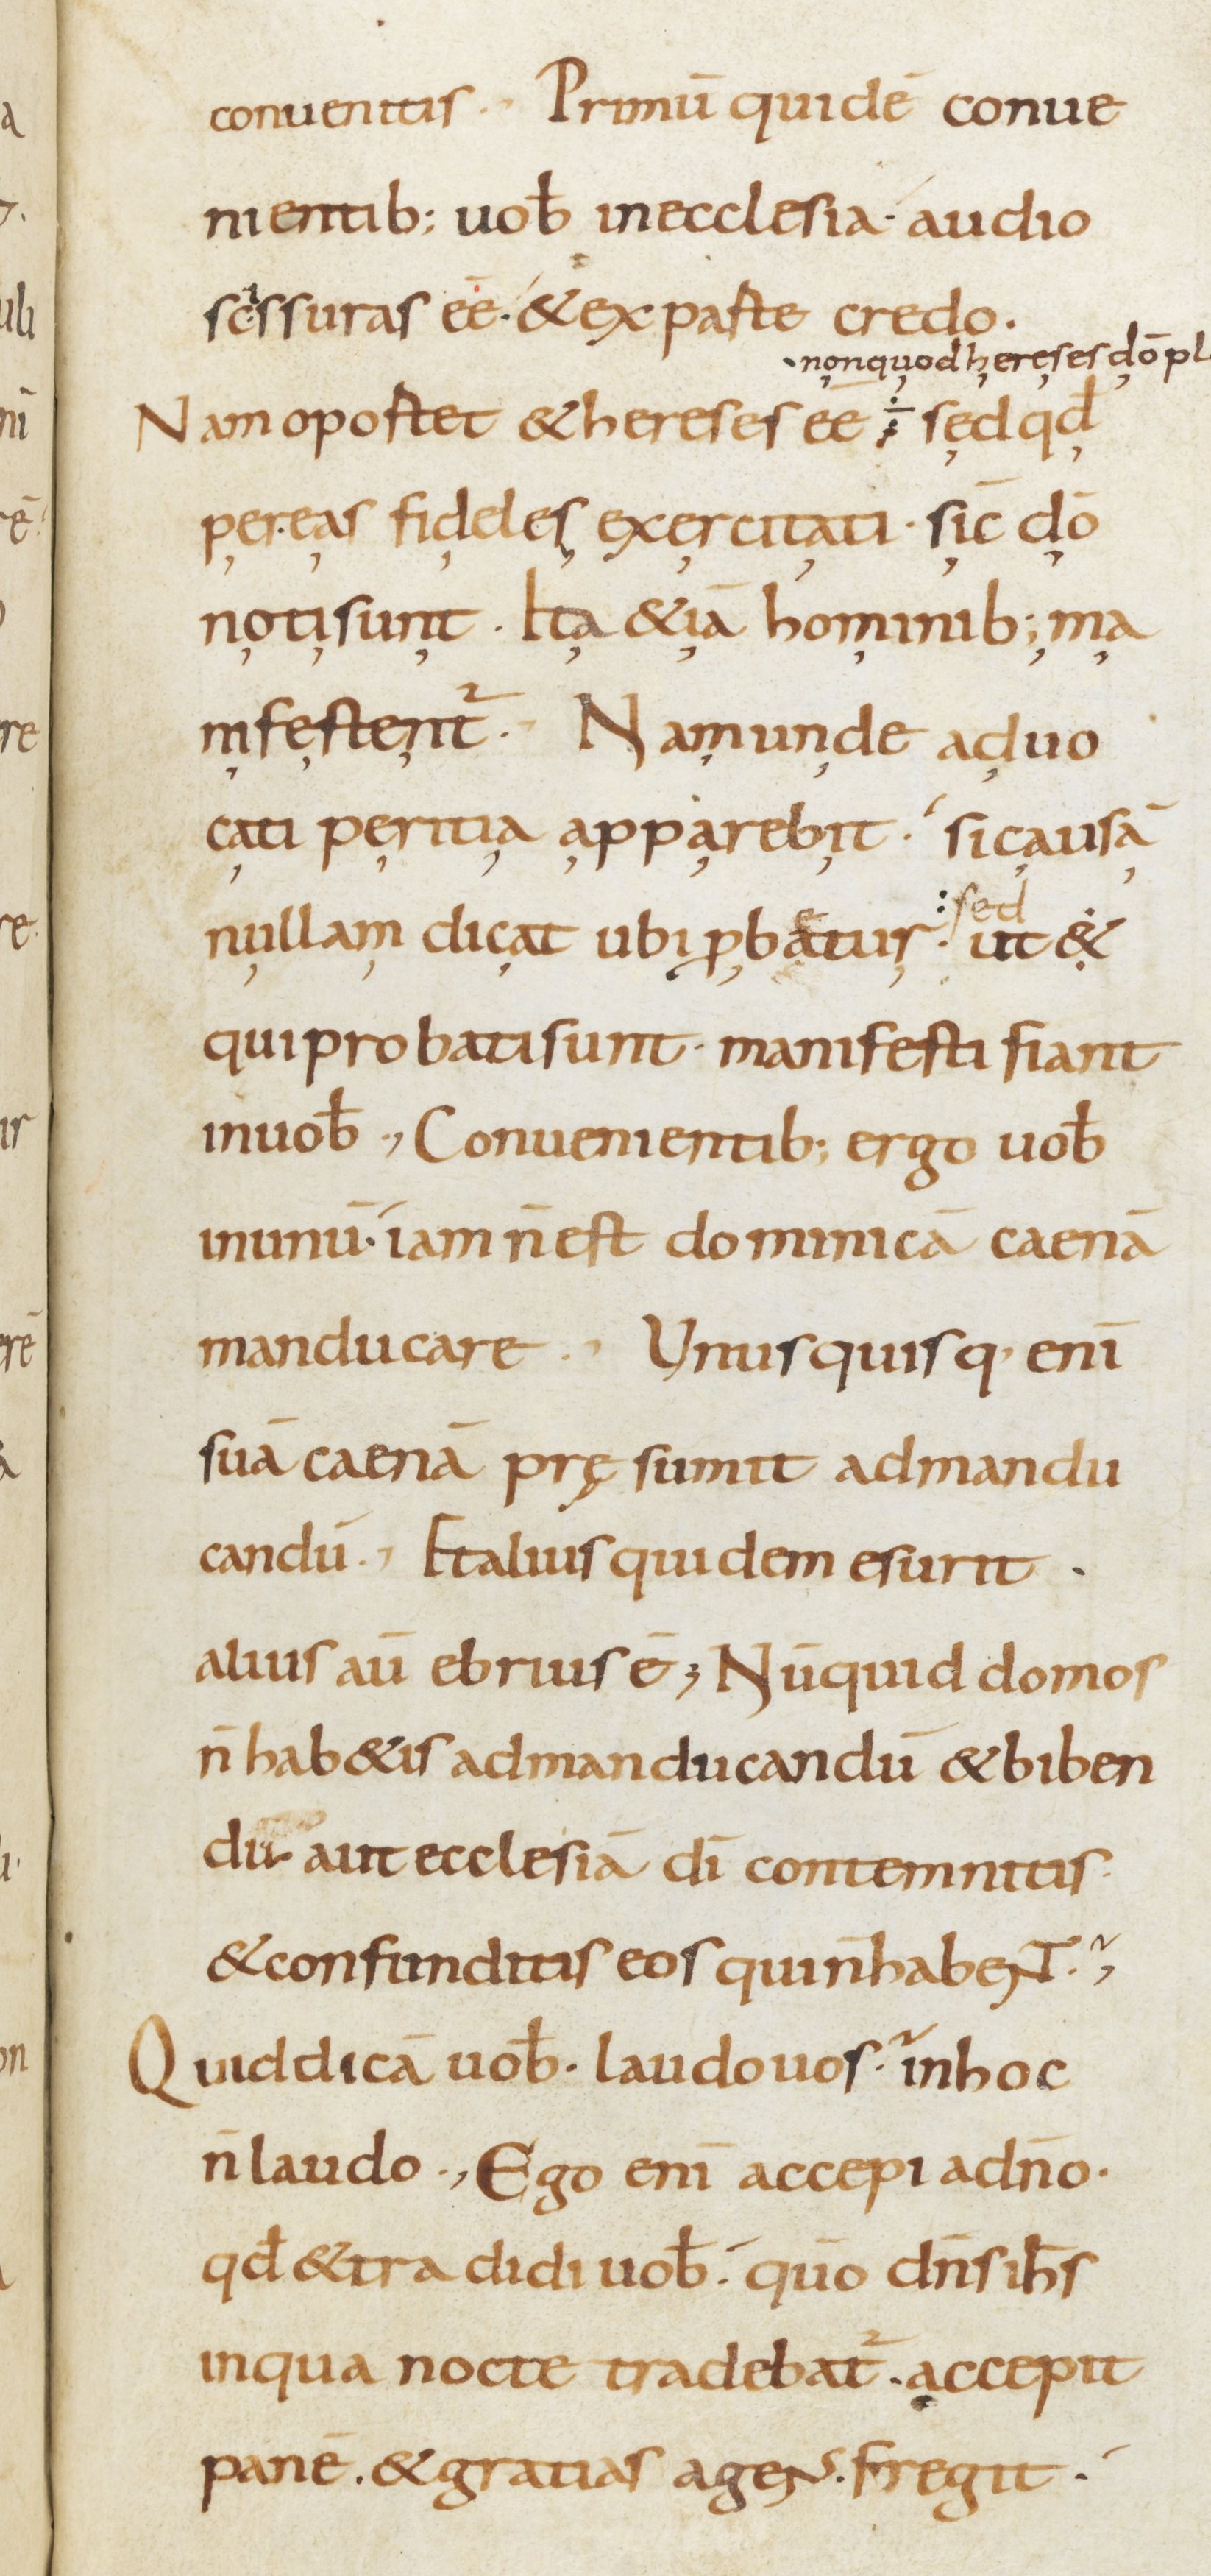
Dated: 800–899